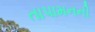
તાપામનની